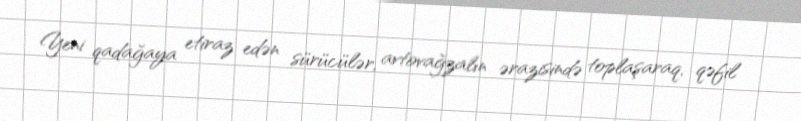
Yeni qadağaya etiraz edən sürücülər, avtovağzalın ərazisində toplaşaraq, qəfil